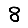
Digit: 8